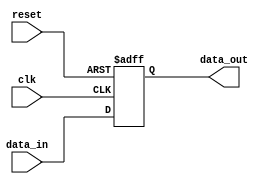
module parameterized_register #(
    parameter WIDTH = 8  // Parameterized width of the register
)(
    input wire clk,           // Clock signal
    input wire reset,         // Asynchronous reset signal
    input wire [WIDTH-1:0] data_in,  // Input data
    output reg [WIDTH-1:0] data_out   // Output data
);

    // Initial state of the register
    initial begin
        data_out = {WIDTH{1'b0}}; // Initialize to zero
    end

    // Always block triggered on the clock edge
    always @(posedge clk or posedge reset) begin
        if (reset) begin
            data_out <= {WIDTH{1'b0}}; // Reset to zero
        end else begin
            data_out <= data_in; // Latch input data on clock edge
        end
    end

endmodule